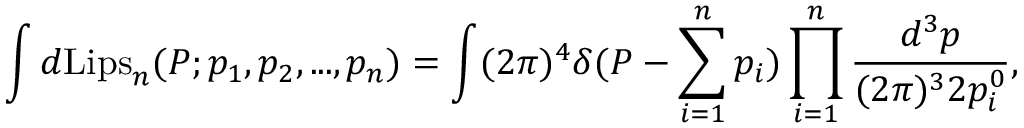
\int d \mathrm { L i p s } _ { n } ( P ; p _ { 1 } , p _ { 2 } , . . . , p _ { n } ) = \int ( 2 \pi ) ^ { 4 } \delta ( P - \sum _ { i = 1 } ^ { n } p _ { i } ) \prod _ { i = 1 } ^ { n } \frac { d ^ { 3 } p } { ( 2 \pi ) ^ { 3 } 2 p _ { i } ^ { 0 } } ,